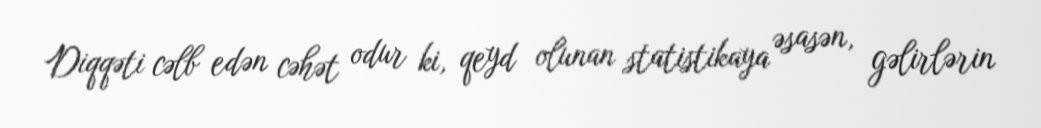
Diqqəti cəlb edən cəhət odur ki, qeyd olunan statistikaya əsasən, gəlirlərin